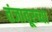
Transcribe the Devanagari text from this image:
तंजावूरच्या